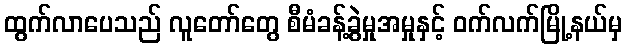
ထွက်လာပေသည် လူတော်တွေ စီမံခန့်ခွဲမှုအမှုနှင့် ဝက်လက်မြို့နယ်မှ